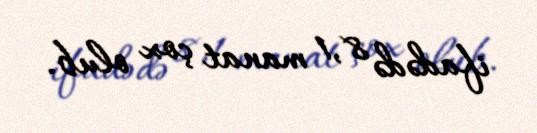
ifadədə 8,1 manat çox olub.